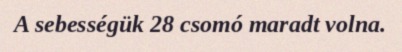
A sebességük 28 csomó maradt volna.